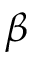
\beta